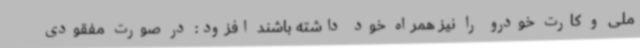
ملی و کارت خودرو را نیز همراه خود داشته باشند افزود: در صورت مفقودی